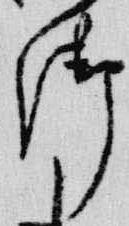
御